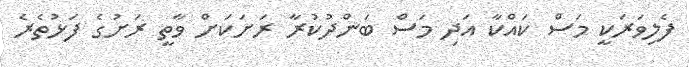
ފެލިވަރަކީ މަސް ކައްކާ އަދި މަސް ބަންދުކުރާ ރަށަކަށް ވާތީ ރަށުގެ ފަޅުތެރެ